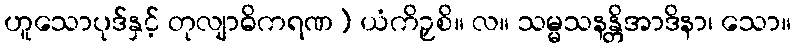
ဟူသောပုဒ်နှင့် တုလျာဓိကရဏ) ယံကိဉှစိ။ လ။ သမ္မသနန္တိအာဒိနာ၊ သော။